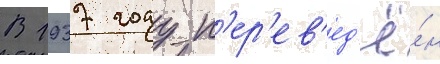
В 1937 году п'ер'ев'ед'ё́н